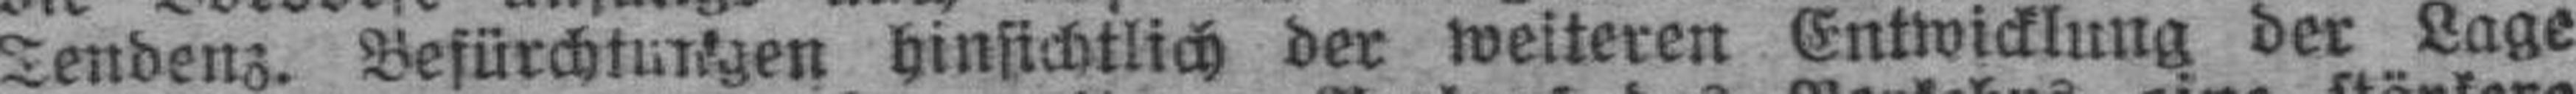
Tendenz. Befürchtungen hinsichtlich der weiteren Entwicklung der Lage